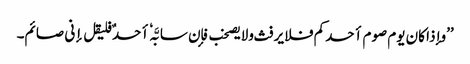
’’وإذا کان یوم صوم أحدکم فلا یرفث ولایصخب فإن سابَّہٗ أحدٌ فلیقل إنی صائم۔